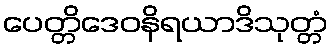
ပေတ္တိဒေဝနိရယာဒိသုတ္တံ